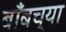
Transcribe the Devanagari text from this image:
बाँबच्या